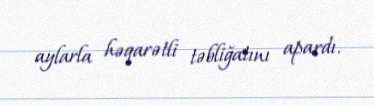
aylarla həqarətli təbliğatını apardı.